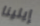
إيلينا